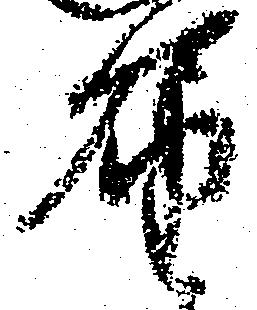
届